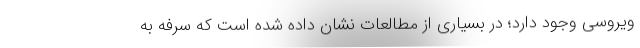
ویروسی وجود دارد؛ در بسیاری از مطالعات نشان داده شده است که سرفه به